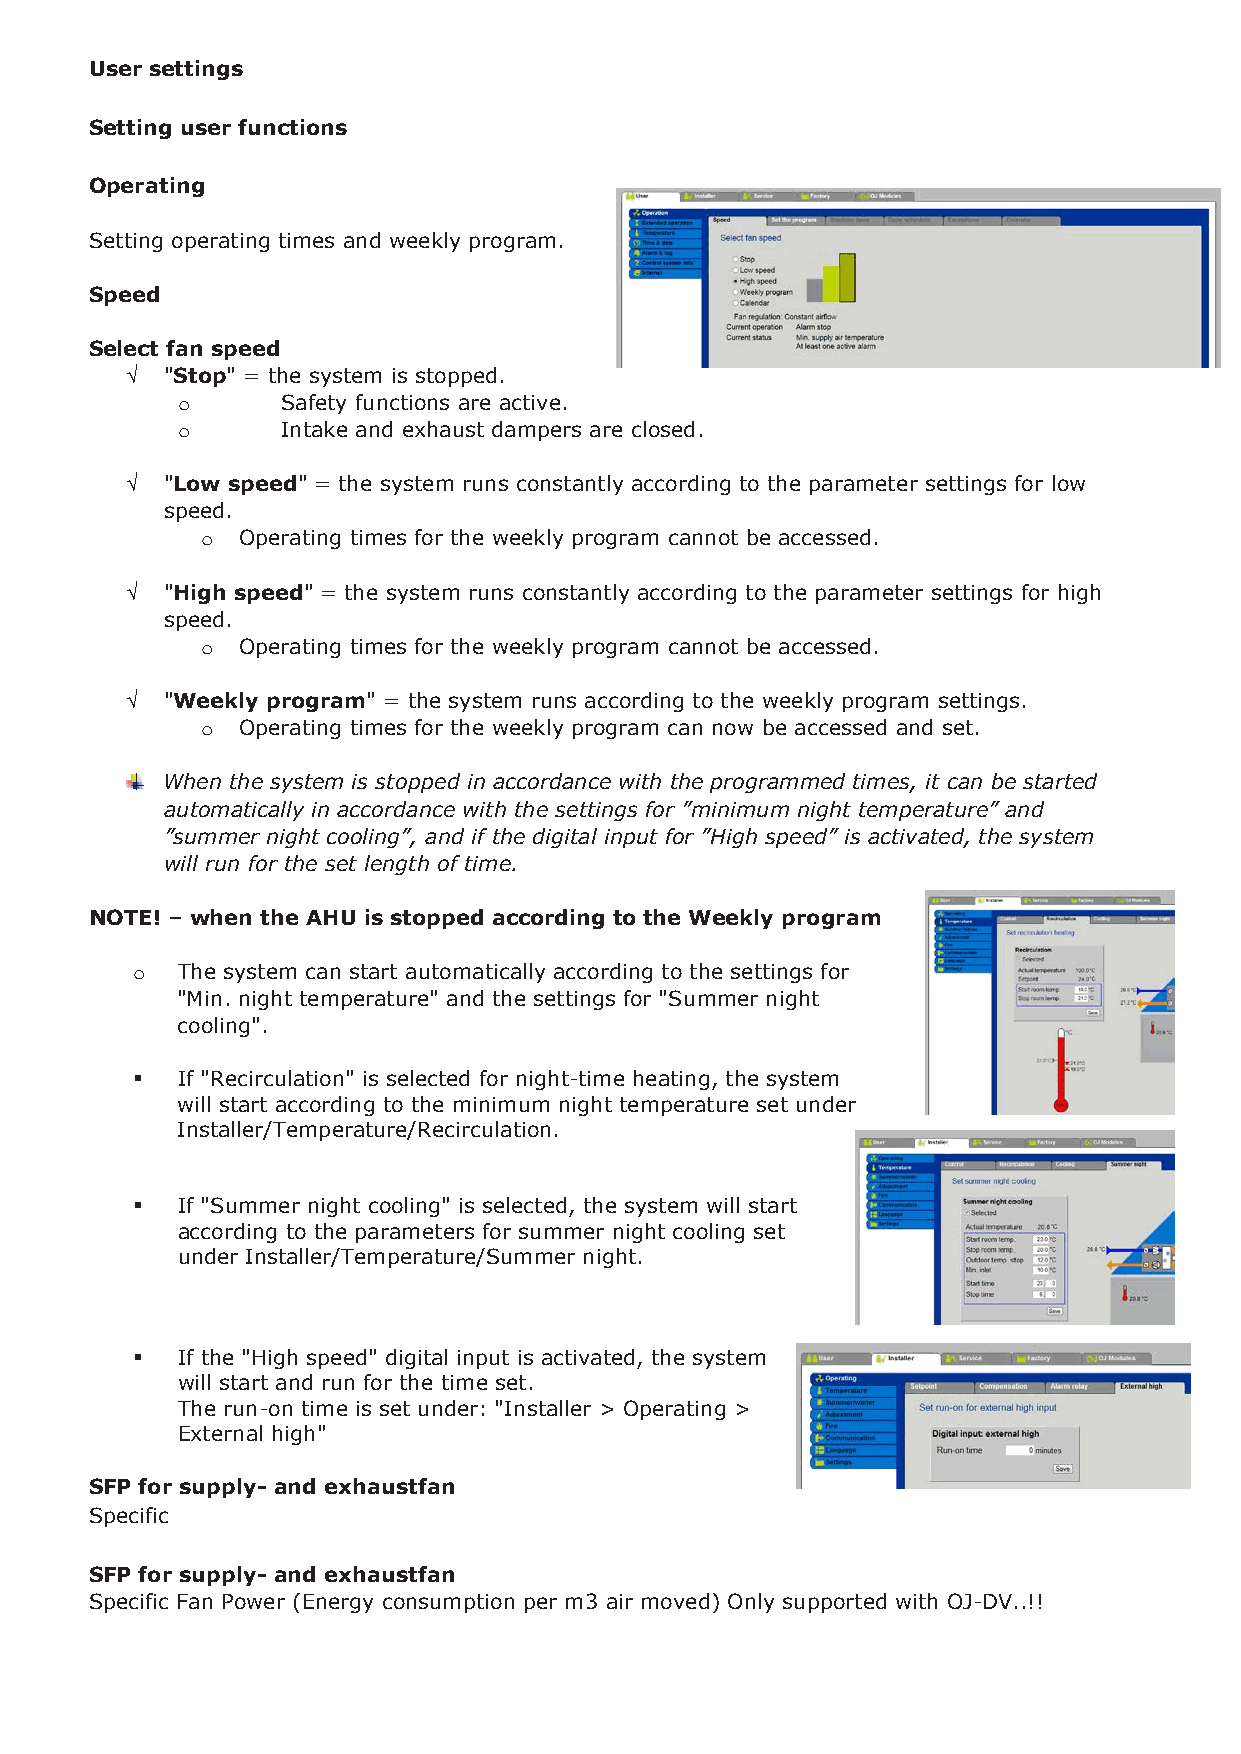
User settings
 Setting user functions
 PT1000 sensors
 Operating
 Only PT1000 sensors can be used.
 Waterbattery, surface
 Setting operating times and weekly program.
 Speed
 Select fan speed
 √  "Stop" = the system is stopped.
 Safety functions are active.
 o
 Intake and exhaust dampers are closed.
 o
 √  "Low speed" = the system runs constantly according to the parameter settings for low
 speed.
 Operating times for the weekly program cannot be accessed.
 o
 √  "High speed" = the system runs constantly according to the parameter settings for high
 speed.
 Operating times for the weekly program cannot be accessed.
 o
 √  "Weekly program" = the system runs according to the weekly program settings.
 Operating times for the weekly program can now be accessed and set.
 o
 When the system is stopped in accordance with the programmed times, it can be started
 automatically in accordance with the settings for ”minimum night temperature” and
 ”summer night cooling”, and if the digital input for ”High speed” is activated, the system
 will run for the set length of time.
 NOTE! – when the AHU is stopped according to the Weekly program
 The system can start automatically according to the settings for
 o
 "Min. night temperature" and the settings for "Summer night
 cooling".
   If "Recirculation" is selected for night-time heating, the system
 will start according to the minimum night temperature set under
 Installer/Temperature/Recirculation.
   If "Summer night cooling" is selected, the system will start
 according to the parameters for summer night cooling set
 under Installer/Temperature/Summer night.
   If the "High speed" digital input is activated, the system
 will start and run for the time set.
 The run-on time is set under: "Installer > Operating >
 External high"
 SFP for supply- and exhaustfan
 Specific
 SFP for supply- and exhaustfan
 Specific Fan Power (Energy consumption per m3 air moved) Only supported with OJ-DV..!!